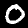
Label: 0